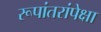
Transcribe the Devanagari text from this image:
रूपांतरांपेक्षा